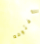
مفتوحه